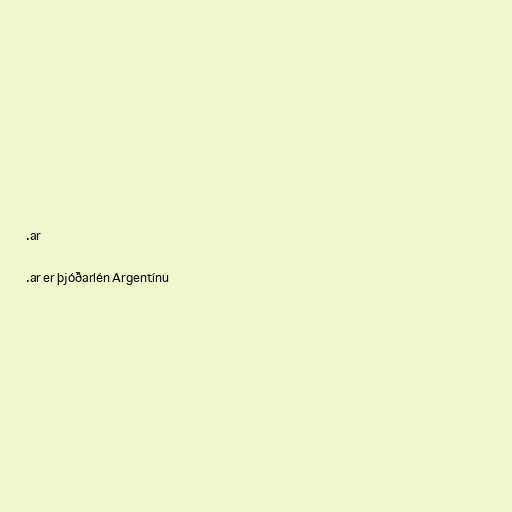
.ar

.ar er þjóðarlén Argentínu